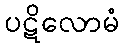
ပဋိလောမံ